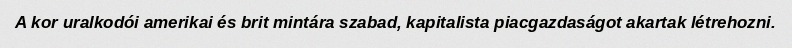
A kor uralkodói amerikai és brit mintára szabad, kapitalista piacgazdaságot akartak létrehozni.